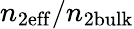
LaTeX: n_{2\mathrm{eff}}/n_{2\mathrm{bulk}}